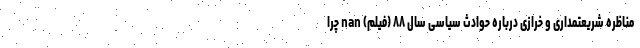
مناظره شریعتمداری و خرازی درباره حوادث سیاسی سال ۸۸ (فیلم) nan چرا